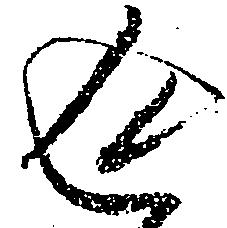
返